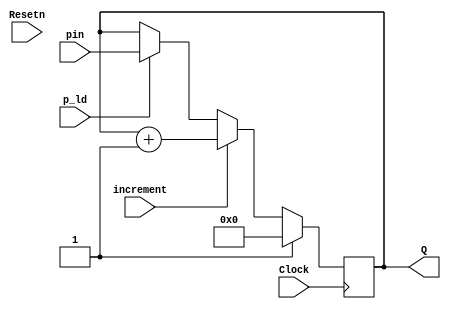
module counter (Resetn, pin, p_ld, increment, Clock, Q);
	input Resetn, Clock, p_ld, increment;
	input [15 : 0] pin;
	output reg [15 : 0] Q;

	always @(posedge Clock) begin
		if (Clear)
			Q <= 16'b0;
		else if (increment)
			Q <= Q + 1'b1; 
		else if (p_ld)
			Q <= pin;
 	end
endmodule